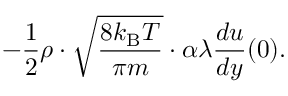
- { \frac { 1 } { 2 } } \rho \cdot { \sqrt { \frac { 8 k _ { \mathrm { B } } T } { \pi m } } } \cdot \alpha \lambda { \frac { d u } { d y } } ( 0 ) .